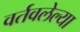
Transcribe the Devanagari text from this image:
वर्तवलेल्या